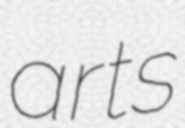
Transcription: arts